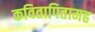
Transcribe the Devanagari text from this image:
कवितापितामह